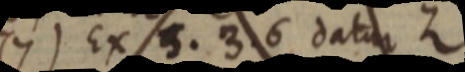
7) Ex 5. 3. 6 datur Z